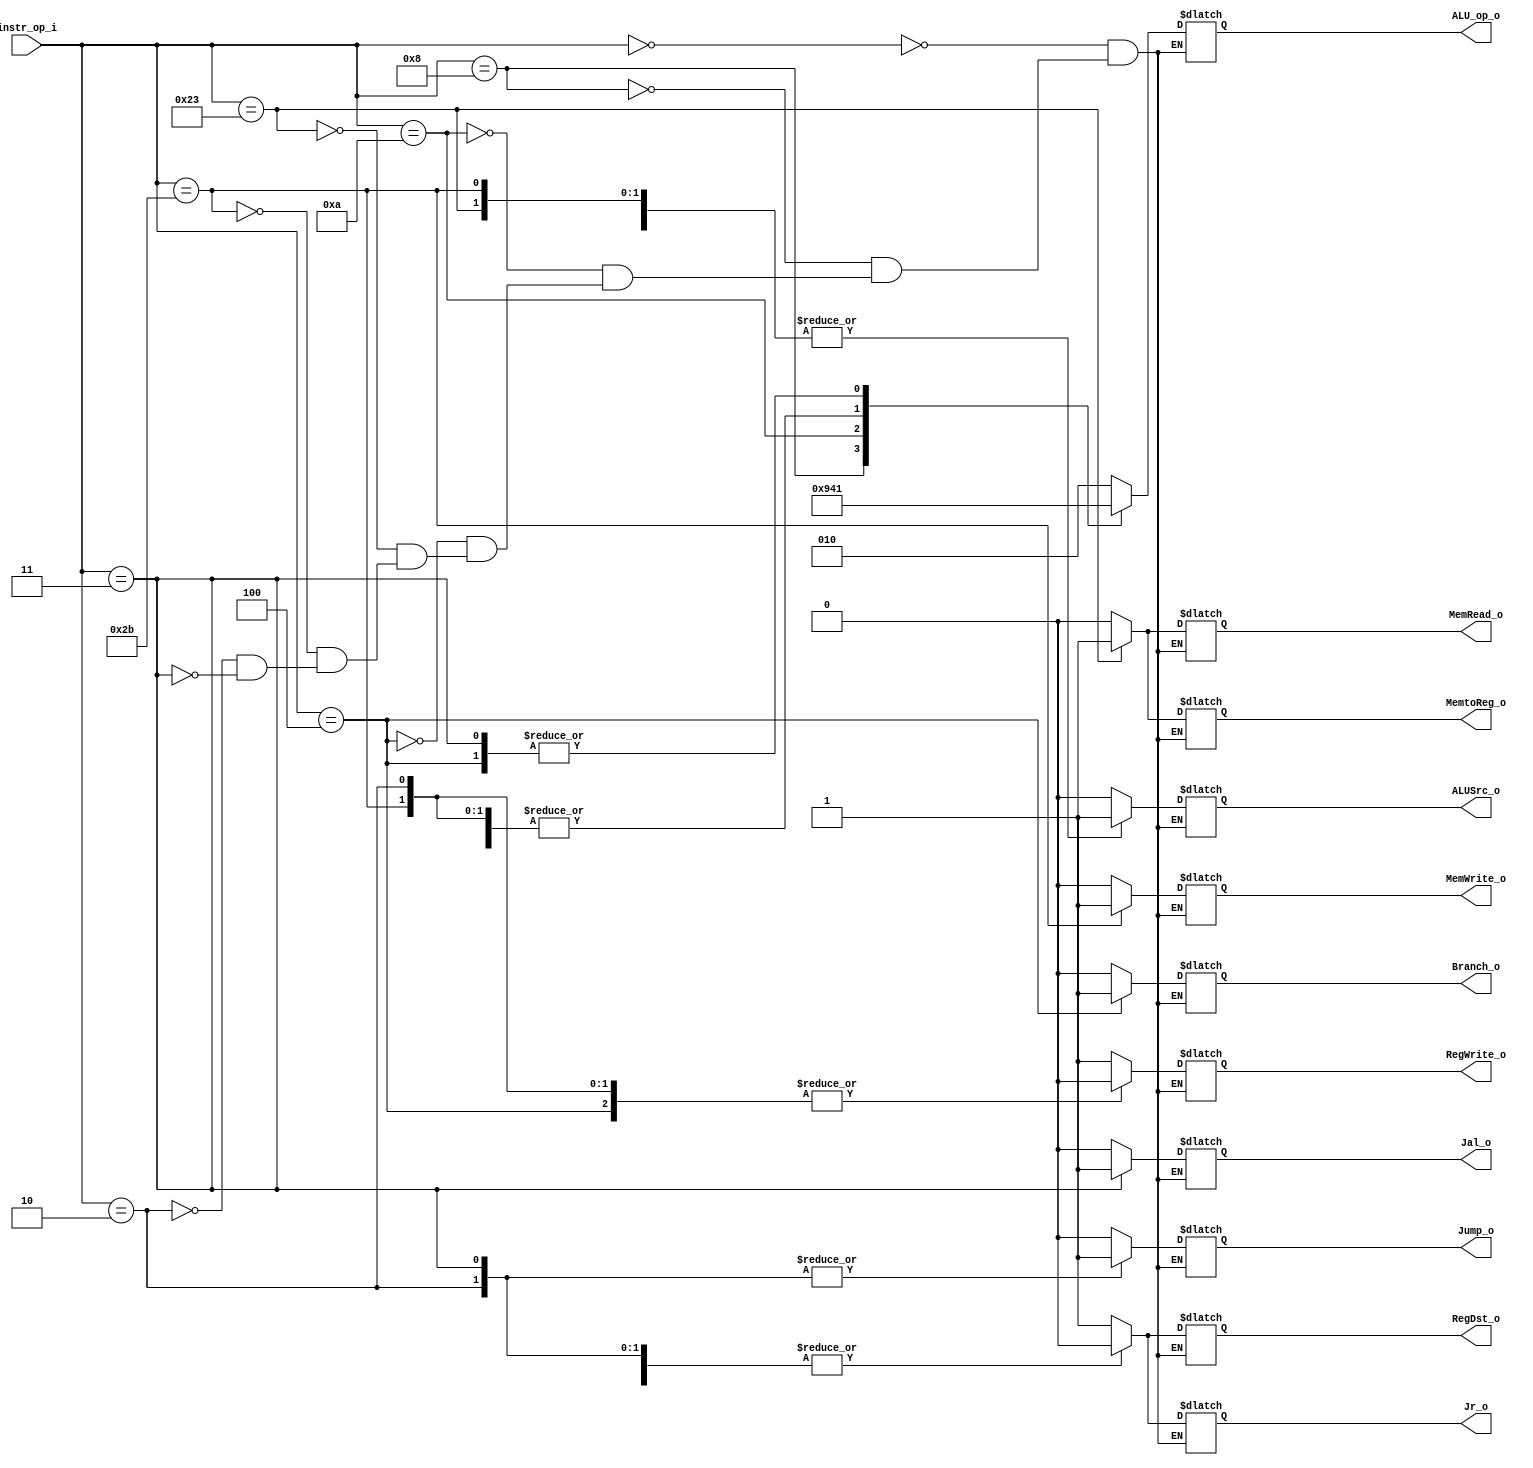
//Subject:     CO project 2 - Decoder
//--------------------------------------------------------------------------------
//Version:     1
//--------------------------------------------------------------------------------
//Writer:   0511105    
//----------------------------------------------
//----------------------------------------------
//Description:  2019/05/23
//--------------------------------------------------------------------------------

module Decoder(
    instr_op_i,
	RegWrite_o,
	ALU_op_o,
	ALUSrc_o,
	RegDst_o,
	Branch_o,
	///added for lab3
	Jump_o,
	MemRead_o,
	MemWrite_o,
	MemtoReg_o,
	Jal_o,
	Jr_o
	);
     
//I/O ports
input  [6-1:0] instr_op_i;

output             RegWrite_o;
output [3-1:0] ALU_op_o;
output             ALUSrc_o;
output             RegDst_o;
output             Branch_o;

	/// added for lab3
output         Jump_o;
output	       MemRead_o;
output	       MemWrite_o;
output	       MemtoReg_o;         
output         Jal_o; 
output	       Jr_o;
//Internal Signals
reg    [3-1:0] ALU_op_o;
reg            ALUSrc_o;
reg            RegWrite_o;
reg            RegDst_o;
reg            Branch_o;

/// added for lab3
reg		Jump_o;
reg		MemRead_o;
reg		MemWrite_o;
reg		MemtoReg_o;
reg             Jal_o;
reg             Jr_o;

//Parameter


//Main function
always @(instr_op_i) begin
	case (instr_op_i)
	   
		6'b000000: begin // R-format
			RegWrite_o <= 1;
			ALU_op_o <= 3'b010;
			ALUSrc_o <= 0;
			RegDst_o <= 1;
			Branch_o <= 0;
			Jump_o     <= 0;
			MemRead_o  <= 0;
			MemWrite_o <= 0;
			MemtoReg_o <= 0;

			Jal_o           <= 0;	
			Jr_o            <= 1;
			 $display("%b\n", instr_op_i);
			end
		6'b001000: begin // addi
			RegWrite_o <= 1;
			ALU_op_o <= 3'b100; 
			ALUSrc_o <= 1;
			RegDst_o <= 0;
			Branch_o <= 0;
			Jump_o	   <= 0;
			MemRead_o  <= 0;
			MemWrite_o <= 0;
			MemtoReg_o <= 0; ///changed for lab4

			Jal_o           <= 0;
			Jr_o            <= 0;
			end	
		6'b001010: begin // sltiu
			RegWrite_o <= 1;
			ALU_op_o <= 3'b101;
			ALUSrc_o <= 1;
			RegDst_o <= 0;
			Branch_o <= 0;

			Jump_o	   <= 0;
			MemRead_o  <= 0;
			MemWrite_o <= 0;
			MemtoReg_o <= 0;

			Jal_o           <= 0;
			Jr_o            <= 0;
			end
		6'b000100: begin // beq
			RegWrite_o <= 0;
			ALU_op_o <= 3'b001;
			ALUSrc_o <= 0;
			RegDst_o <= 0;
			Branch_o <= 1;

			Jump_o	   <= 0;
			MemRead_o  <= 0;
			MemWrite_o <= 0;
			MemtoReg_o <= 0;

			Jal_o           <= 0;	
			Jr_o            <= 0;
			end

		///added code lab3, sw, lw, jump
		6'b100011: begin // lw
			RegWrite_o <= 1;
			ALU_op_o <= 3'b000;
			ALUSrc_o <= 1;
			RegDst_o <= 0;
			Branch_o <= 0;
			Jump_o	   <= 0;
			MemRead_o  <= 1;
			MemWrite_o <= 0;
			MemtoReg_o <= 1;

			Jal_o           <= 0;
			Jr_o            <= 0;
			end
		6'b101011: begin // sw
			RegWrite_o <= 0;
			ALU_op_o <= 3'b000;
			ALUSrc_o <= 1;
			RegDst_o <= 0;
			Branch_o <= 0;
			Jump_o		<= 0;
			MemRead_o	<= 0;
			MemWrite_o	<= 1;
			MemtoReg_o	<= 0;

			Jal_o           <= 0;
			Jr_o            <= 0;
			end
		6'b000010: begin // jump
			RegWrite_o <= 0;
			ALU_op_o <= 3'b000;
			ALUSrc_o <= 0;
			RegDst_o <= 0;
			Branch_o <= 0;
			Jump_o		<= 1;
			MemRead_o	<= 0;
			MemWrite_o	<= 0;
			MemtoReg_o	<= 0;

			Jal_o           <= 0;
			Jr_o            <= 0;
			end
		6'b000011: begin // jal
			RegWrite_o <= 1;
			ALU_op_o <= 3'b001;
			ALUSrc_o <= 0;
			RegDst_o <= 0;
			Branch_o <= 0;
			Jump_o		<= 1;
			MemRead_o	<= 0;
			MemWrite_o	<= 0;
			MemtoReg_o	<= 0;

			Jal_o           <= 1;
			Jr_o            <= 0;
			end
	endcase
end

endmodule